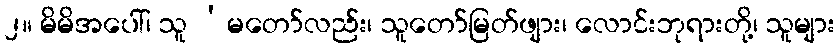
၂။ မိမိအပေါ်၊ သူ ‘မတော်လည်း၊ သူတော်မြတ်ဖျား၊ လောင်းဘုရားတို့၊ သူများ